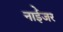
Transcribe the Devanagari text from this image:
नाईेजर